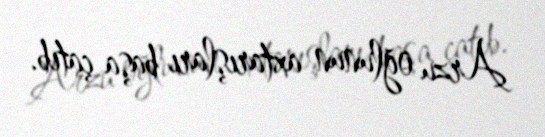
Arzu oğlunun axtarışları başa çatıb.